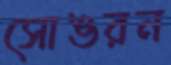
সোঙরন